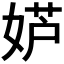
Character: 𫰮